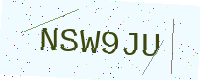
Text: NSW9JU